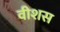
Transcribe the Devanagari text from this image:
वीशस